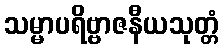
သမ္မာပရိဗ္ဗာဇနီယသုတ္တံ